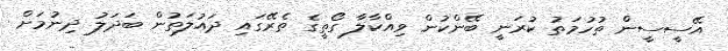
އޭސީސީން ތުހުމަތު ކުރަނީ ބޭންކުން ވިއްކާލާ ގޯތީގެ ތެރޭގައި ދައުލަތުން ބަދަލު ދިނުމަށް